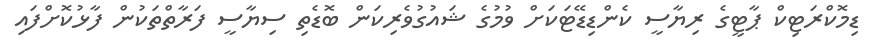
ޑިމޮކްރަޓިކް ޕާޓީގެ ރިޔާސީ ކެންޑިޑޭޓަކަށް ވުމުގެ ޝައުގުވެރިކަން ބޮޑެތި ސިޔާސީ ފަރާތްތަކުން ފާޅުކޮށްފައި